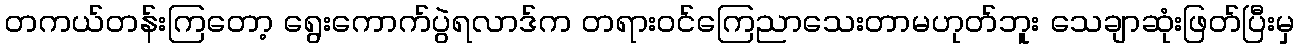
တကယ်တန်းကြတော့ ရွေးကောက်ပွဲရလာဒ်က တရားဝင်ကြေညာသေးတာမဟုတ်ဘူး သေချာဆုံးဖြတ်ပြီးမှ